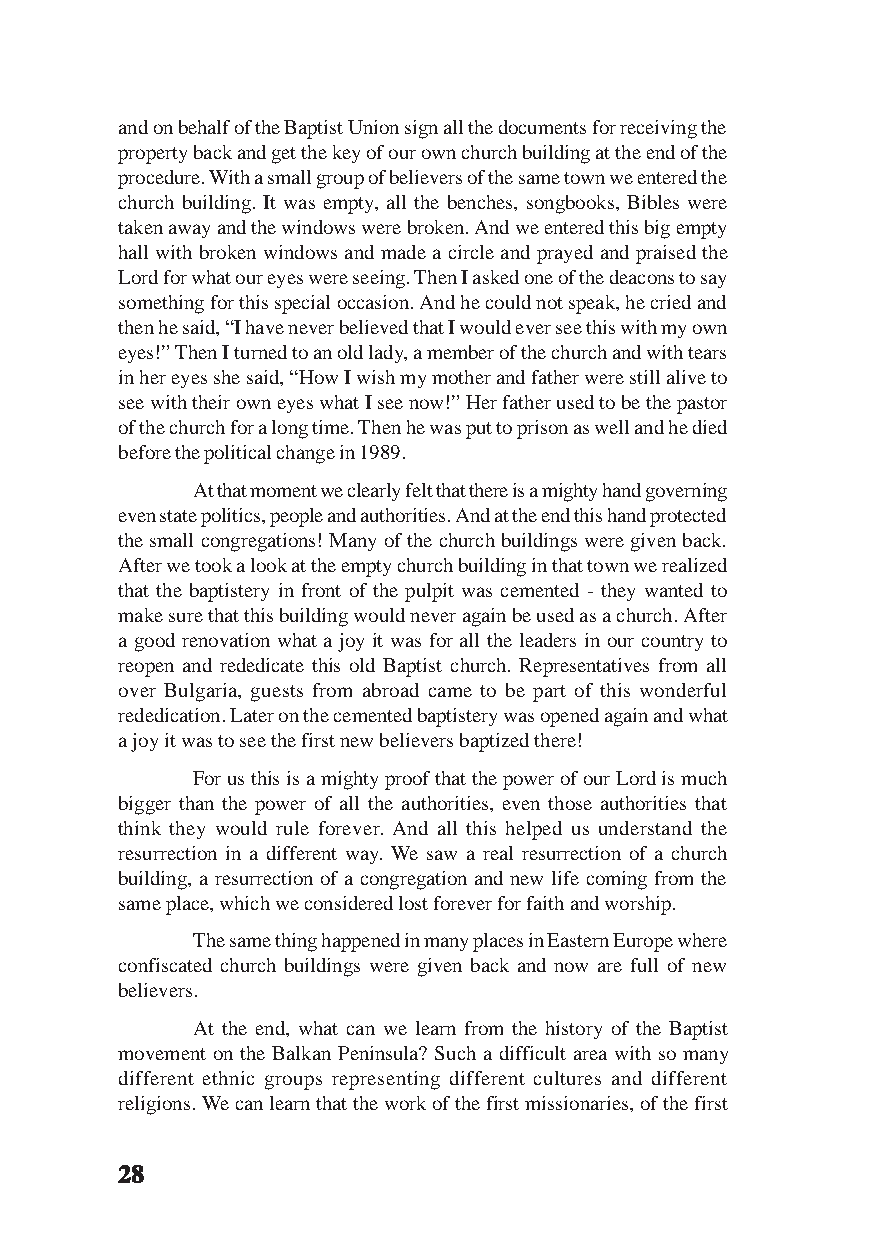
and on behalf of the Baptist Union sign all the documents for receiving the
 property back and get the key of our own church building at the end of the
 procedure. With a small group of believers of the same town we entered the
 church building. It was empty, all the benches, songbooks, Bibles were
 taken away and the windows were broken. And we entered this big empty
 hall with broken windows and made a circle and prayed and praised the
 Lord for what our eyes were seeing. Then I asked one of the deacons to say
 something for this special occasion. And he could not speak, he cried and
 then he said, “I have never believed that I would ever see this with my own
 eyes!” Then I turned to an old lady, a member of the church and with tears
 in her eyes she said, “How I wish my mother and father were still alive to
 see with their own eyes what I see now!” Her father used to be the pastor
 of the church for a long time. Then he was put to prison as well and he died
 before the political change in 1989.
 At that moment we clearly felt that there is a mighty hand governing
 even state politics, people and authorities. And at the end this hand protected
 the small congregations! Many of the church buildings were given back.
 After we took a look at the empty church building in that town we realized
 that the baptistery in front of the pulpit was cemented - they wanted to
 make sure that this building would never again be used as a church. After
 a good renovation what a joy it was for all the leaders in our country to
 reopen and rededicate this old Baptist church. Representatives from all
 over Bulgaria, guests from abroad came to be part of this wonderful
 rededication. Later on the cemented baptistery was opened again and what
 a joy it was to see the first new believers baptized there!
 For us this is a mighty proof that the power of our Lord is much
 bigger than the power of all the authorities, even those authorities that
 think they would rule forever. And all this helped us understand the
 resurrection in a different way. We saw a real resurrection of a church
 building, a resurrection of a congregation and new life coming from the
 same place, which we considered lost forever for faith and worship.
 The same thing happened in many places in Eastern Europe where
 confiscated church buildings were given back and now are full of new
 believers.
 At the end, what can we learn from the history of the Baptist
 movement on the Balkan Peninsula? Such a difficult area with so many
 different ethnic groups representing different cultures and different
 religions. We can learn that the work of the first missionaries, of the first
 2222288888